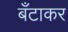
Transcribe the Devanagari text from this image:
बँटाकर